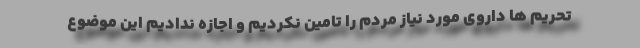
تحریم ها داروی مورد نیاز مردم را تامین نکردیم و اجازه ندادیم این موضوع